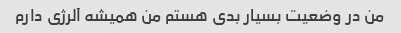
من در وضعیت بسیار بدی هستم من همیشه آلرژی دارم